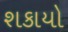
શકાયો